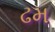
ઢમ